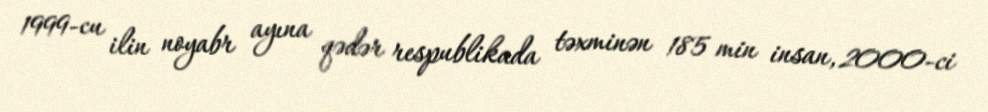
1999-cu ilin noyabr ayına qədər respublikada təxminən 185 min insan, 2000-ci